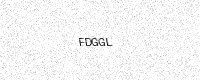
Text: FDGGL